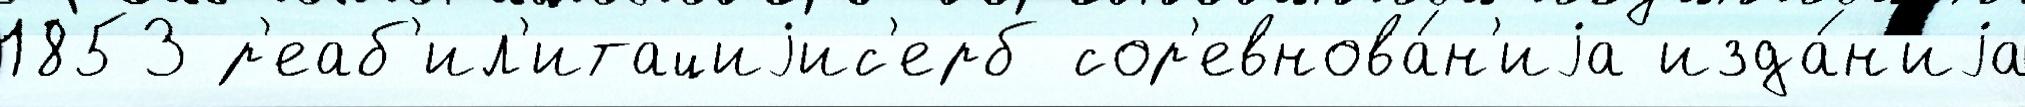
1853 р'еаб'ил'итациjис'ерб сор'евнова́н'иjа изда́н'иjа